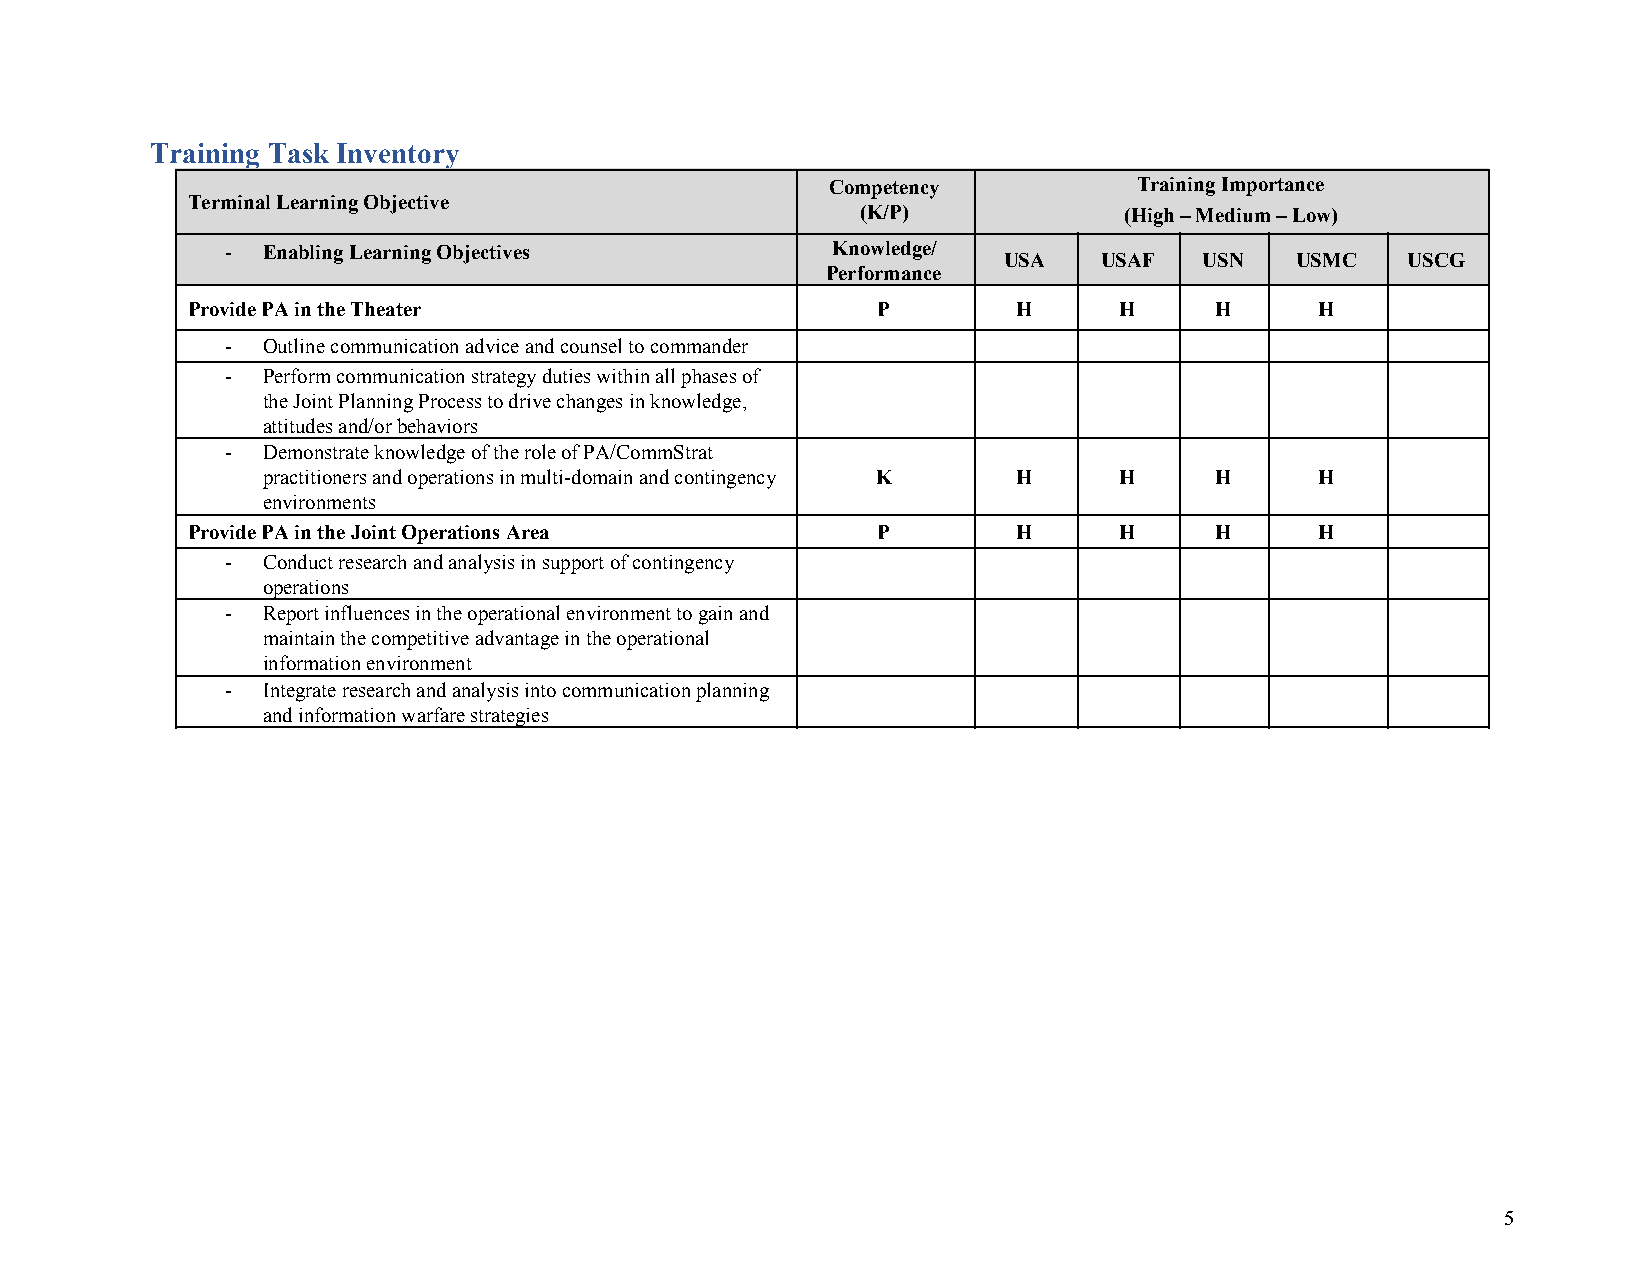
Training Task Inventory
 Competency          Training Importance
 Terminal Learning Objective
 (K/P)            (High – Medium – Low)
 - Enabling Learning Objectives          Knowledge/
 USA    USAF   USN   USMC   USCG
 Performance
 Provide PA in the Theater                     P        H      H     H      H
 - Outline communication advice and counsel to commander
 - Perform communication strategy duties within all phases of
 the Joint Planning Process to drive changes in knowledge,
 attitudes and/or behaviors
 - Demonstrate knowledge of the role of PA/CommStrat
 practitioners and operations in multi-domain and contingency K H H H  H
 environments
 Provide PA in the Joint Operations Area       P        H      H     H      H
 - Conduct research and analysis in support of contingency
 operations
 - Report influences in the operational environment to gain and
 maintain the competitive advantage in the operational
 information environment
 - Integrate research and analysis into communication planning
 and information warfare strategies
 5